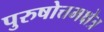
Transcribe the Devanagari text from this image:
पुरुषोत्तमक्षेत्र